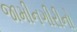
જામીનગીરીનો